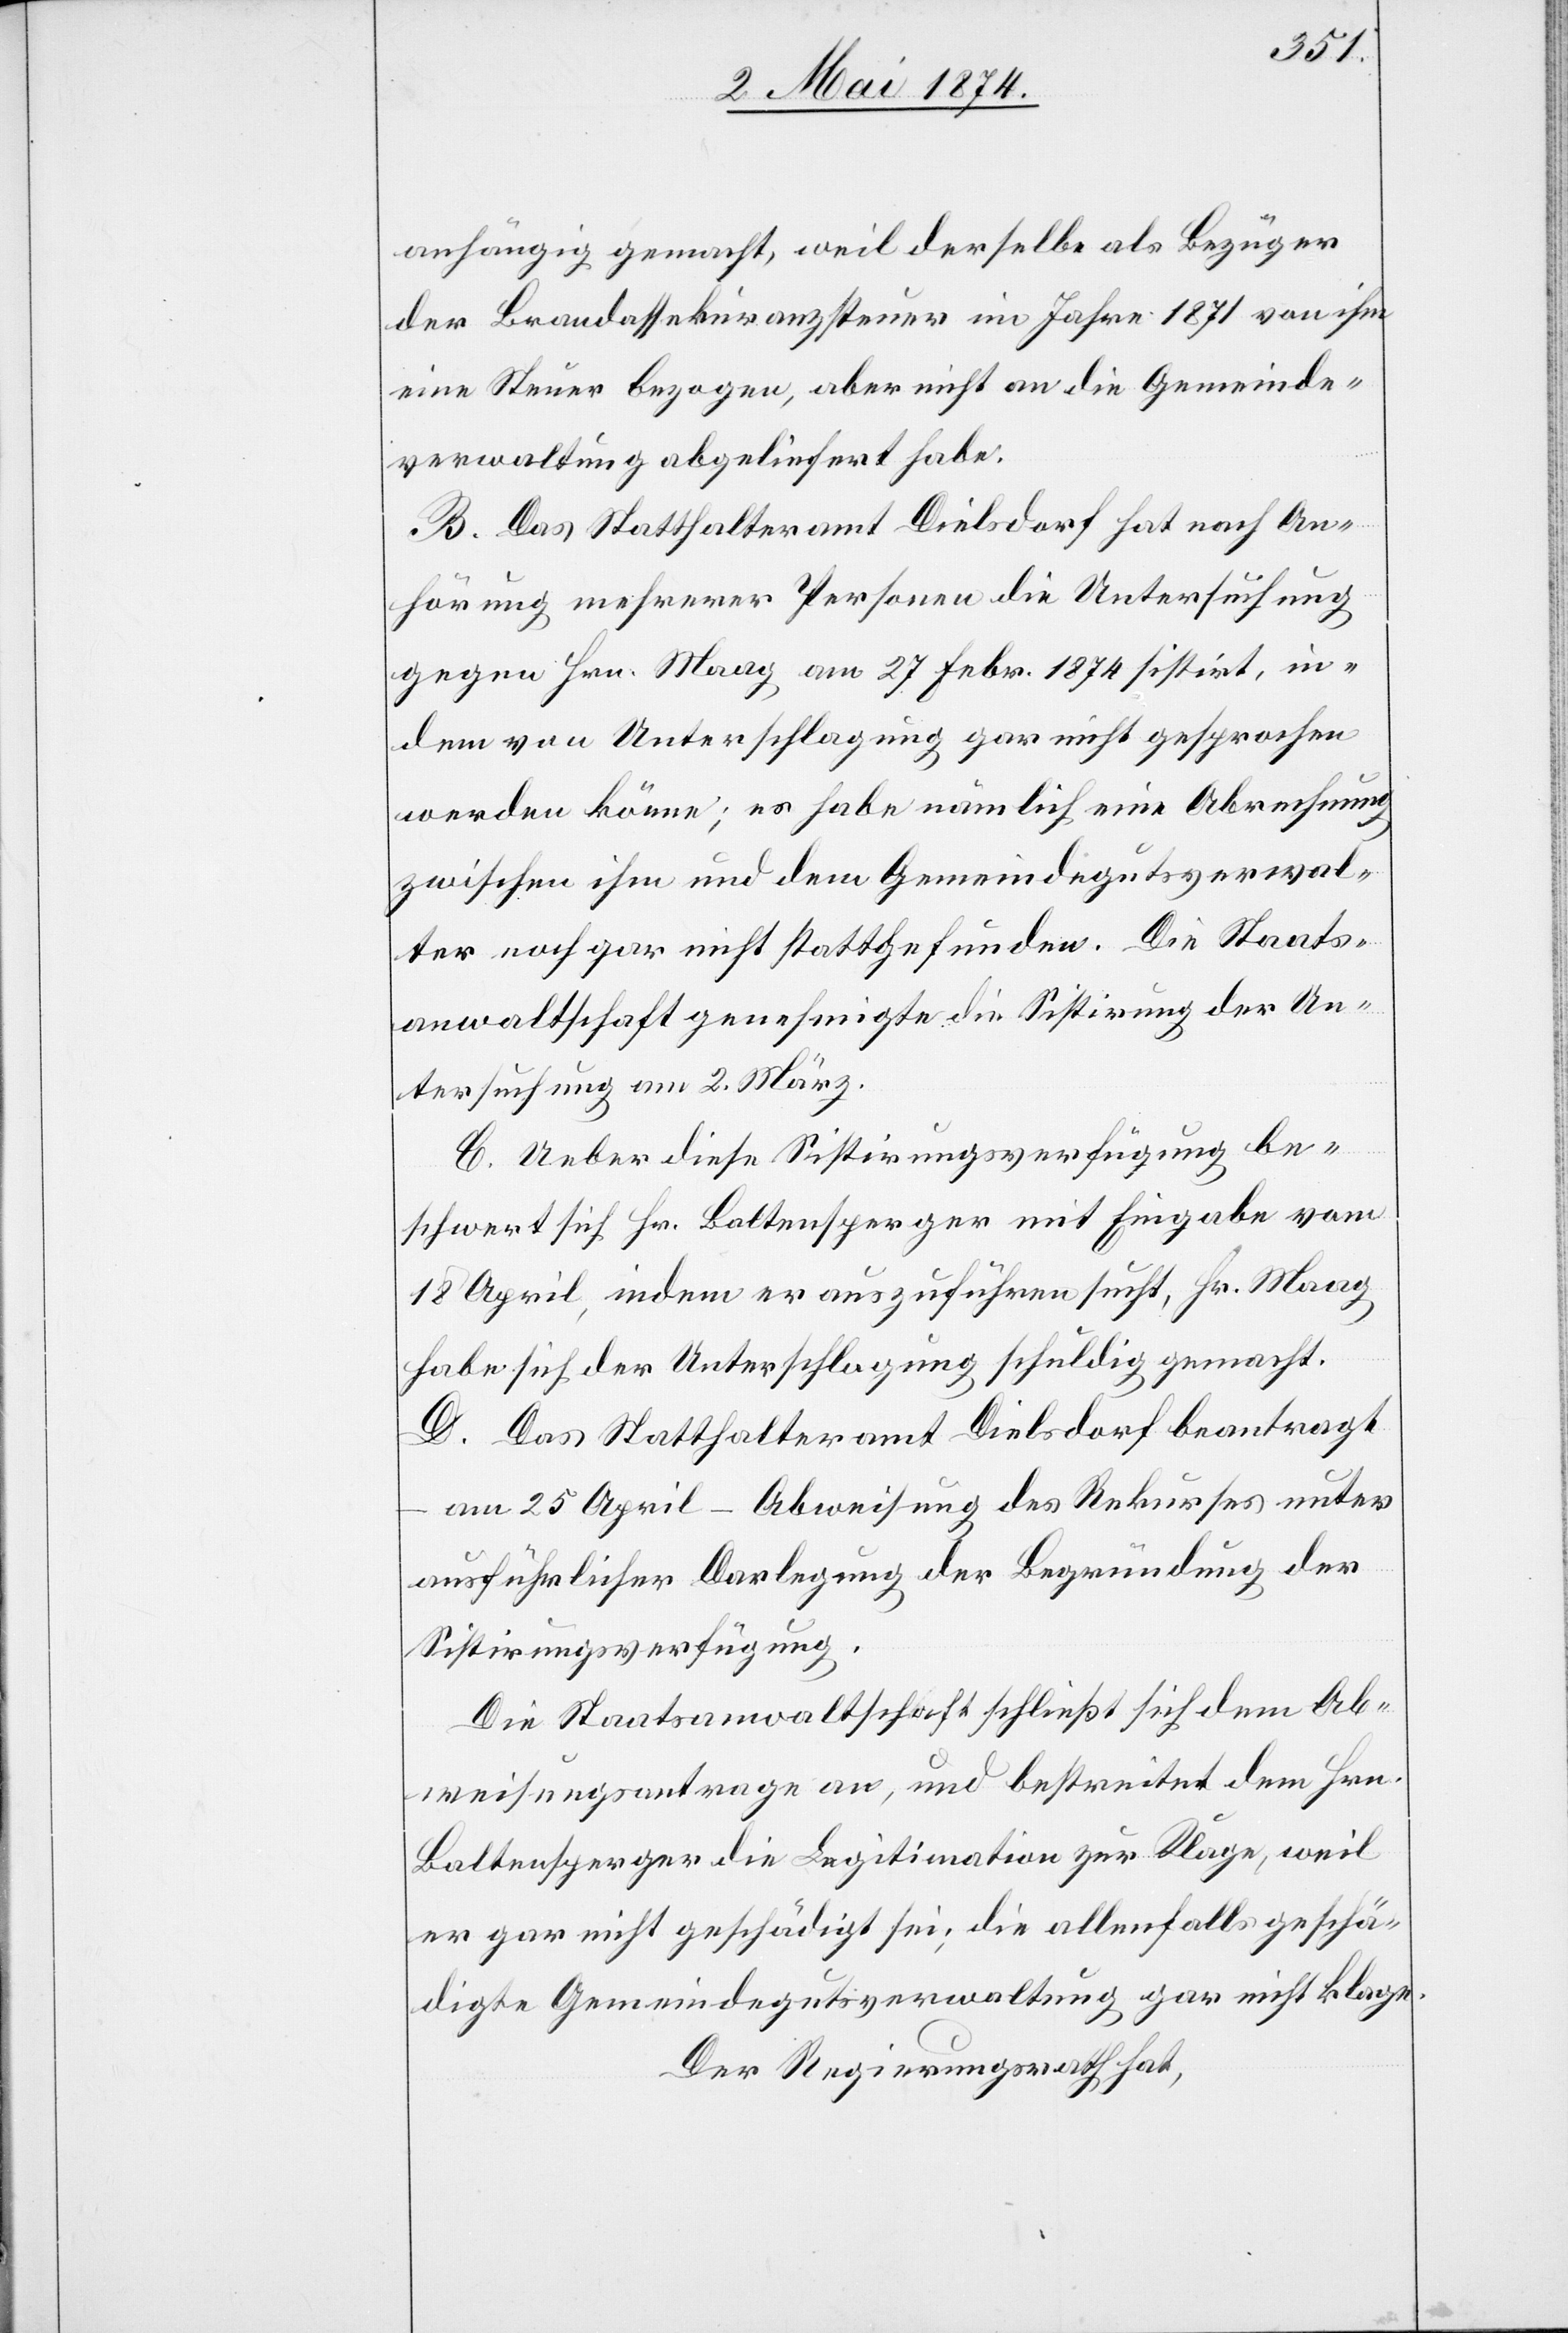
anhängig gemacht, weil derselbe als Bezüger
der Brandassekuranzsteuer im Jahre 1871 von ihm
eine Steuer bezogen, aber nicht an die Gemeinde¬
verwaltung abgeliefert habe.
B. Das Statthalteramt Dielsdorf hat nach An¬
hörung mehrerer Personen die Untersuchung
gegen Hrn. Maag am 27. Febr. 1874 sistirt, in¬
dem von Unterschlagung gar nicht gesprochen
werden könne; es habe nämlich eine Abrechnung
zwischen ihm und dem Gemeindegutsverwal¬
ter noch gar nicht stattgefunden. Die Staats¬
anwaltschaft genehmigte die Sistirung der Un¬
tersuchung am 2. März.
C. Ueber diese Sistirungsverfügung be¬
schwert sich Hr. Baltensperger mit Eingabe vom
18. April, indem er auszuführen sucht, Hr. Maag
habe sich der Unterschlagung schuldig gemacht.
D. Das Statthalteramt Dielsdorf beantragt
am 25. April – Abweisung des Rekurses unter
ausführlicher Darlegung der Begründung der
Sistirungsverfügung.
Die Staatsanwaltschaft schließt sich dem Ab¬
weisungsantrage an, und bestreitet dem Hrn.
Baltensperger die Legitimation zur Klage, weil
er gar nicht geschädigt sei; die allenfalls geschä¬
digte Gemeindegutsverwaltung gar nicht klage.
Der Regierungsrath hat,